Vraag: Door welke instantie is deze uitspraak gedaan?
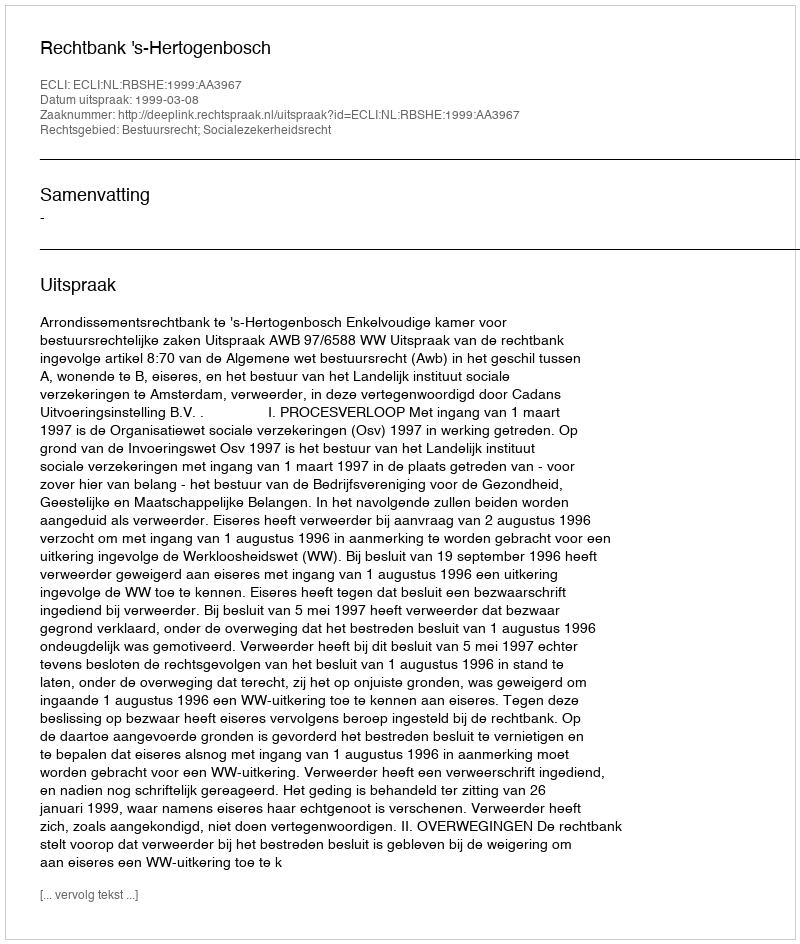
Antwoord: Rechtbank 's-Hertogenbosch